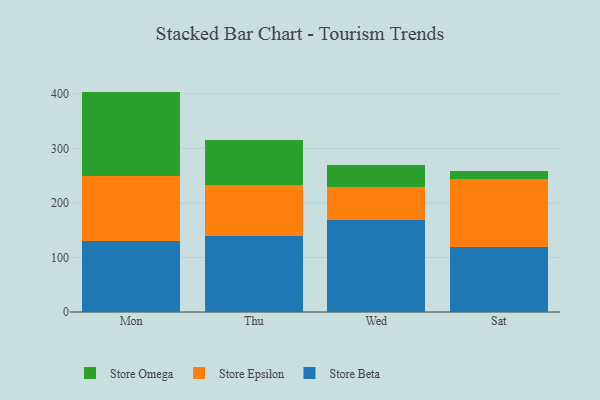
{"axis": {"x": "Day", "y": "Tickets Resolved"}, "legend": ["Store Beta", "Store Epsilon", "Store Omega"], "data": [{"x": "Mon", "y": 129.7, "type": "Store Beta"}, {"x": "Mon", "y": 119.2, "type": "Store Epsilon"}, {"x": "Mon", "y": 155.4, "type": "Store Omega"}, {"x": "Thu", "y": 139.2, "type": "Store Beta"}, {"x": "Thu", "y": 93.8, "type": "Store Epsilon"}, {"x": "Thu", "y": 83.2, "type": "Store Omega"}, {"x": "Wed", "y": 168.3, "type": "Store Beta"}, {"x": "Wed", "y": 61.9, "type": "Store Epsilon"}, {"x": "Wed", "y": 39.0, "type": "Store Omega"}, {"x": "Sat", "y": 119.9, "type": "Store Beta"}, {"x": "Sat", "y": 124.8, "type": "Store Epsilon"}, {"x": "Sat", "y": 13.2, "type": "Store Omega"}]}